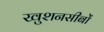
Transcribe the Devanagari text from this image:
खुशनसीबों